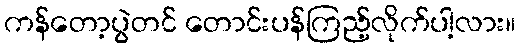
ကန်တော့ပွဲတင် တောင်းပန်ကြည့်လိုက်ပါ့လား။